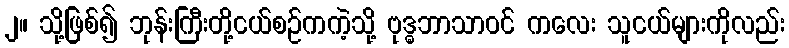
၂။ သို့ဖြစ်၍ ဘုန်းကြီးတို့ငယ်စဉ်ကကဲ့သို့ ဗုဒ္ဓဘာသာဝင် ကလေး သူငယ်များကိုလည်း